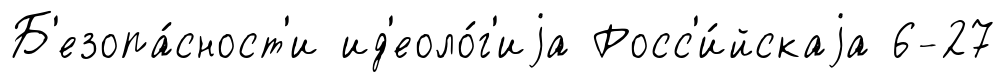
Б'езопа́сност'и ид'еоло́г'иjа Росс'и́йскаjа 6-27